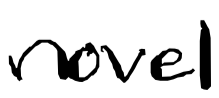
Text: novel
Cross-out: clean
Writing tool: digital_black